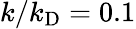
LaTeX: k/k_{\mathrm{D}}=0.1